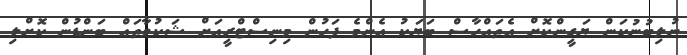
ނުލިބުނުކަން ޔަގީންކޮށް އެތައްހާސް ބަޔަކު އެންމެ ފަހުން މިނިސްޓްރީއަށް ޝަކުވާތައް ބަންޑުން ކޮށްލި